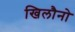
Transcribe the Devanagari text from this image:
खिलौनो